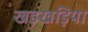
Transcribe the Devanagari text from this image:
खड़खड़िया